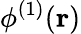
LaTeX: \phi^{(1)}(\mathbf{r})